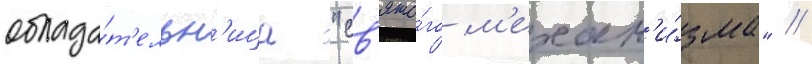
облада́т'ельн'ица "св'ято́го м'ехан'и́зма" //